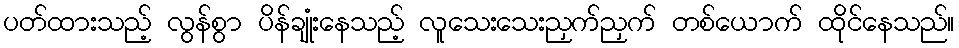
ပတ်ထားသည့် လွန်စွာ ပိန်ချုံးနေသည့် လူသေးသေးညှက်ညှက် တစ်ယောက် ထိုင်နေသည်။